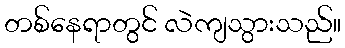
တစ်နေရာတွင် လဲကျသွားသည်။